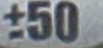
+50